Newspaper: The Tiffin tribune.
Place of publication: Tiffin, Ohio
Publisher: Lockes & Blymyer
Date: 1870-09-29 00:00:00
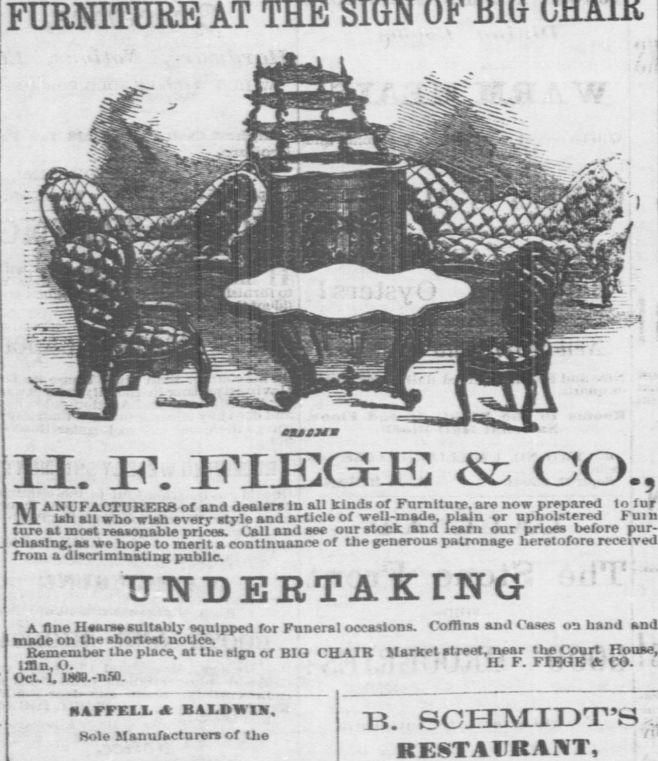
Advertisement text (OCR):
FURNITURE AT H. ITIEG-E &c CO. MANUFACTURERS of and dealers in all kinds of Furniture, are now pr ish all who wish everr style and article of well-mad n, plain or npho ture at most reasonable prices. Call and see our stock and learn our prio n,uua I m i ml see eiuwlng. as we hope to merit a continuance oi i nun a uiscnmwauug public UNDERTAKING A fine Hearsasnltably equipped for Fnneral occasions. Cofflna and Cases on band made on the shortest notice. Kemeniber the place, at the sign of Bid CHAIR Market street, near theConrt IXn.U. Oct. L W.-nSu. repared to fur olstered lull our Bl4a-a tuu learn our unw. ueioie me generous puuiinage uereiomre mrncu 11. F. FIEUK CO. HAFFELL at BALDWIN, Hole Manufacturers of the "B. SCHMIDT'S RESTAUR AWT,
Label: illustrations